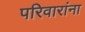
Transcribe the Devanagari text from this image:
परिवारांना